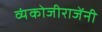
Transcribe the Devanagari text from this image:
व्यंकोजीराजेंनी